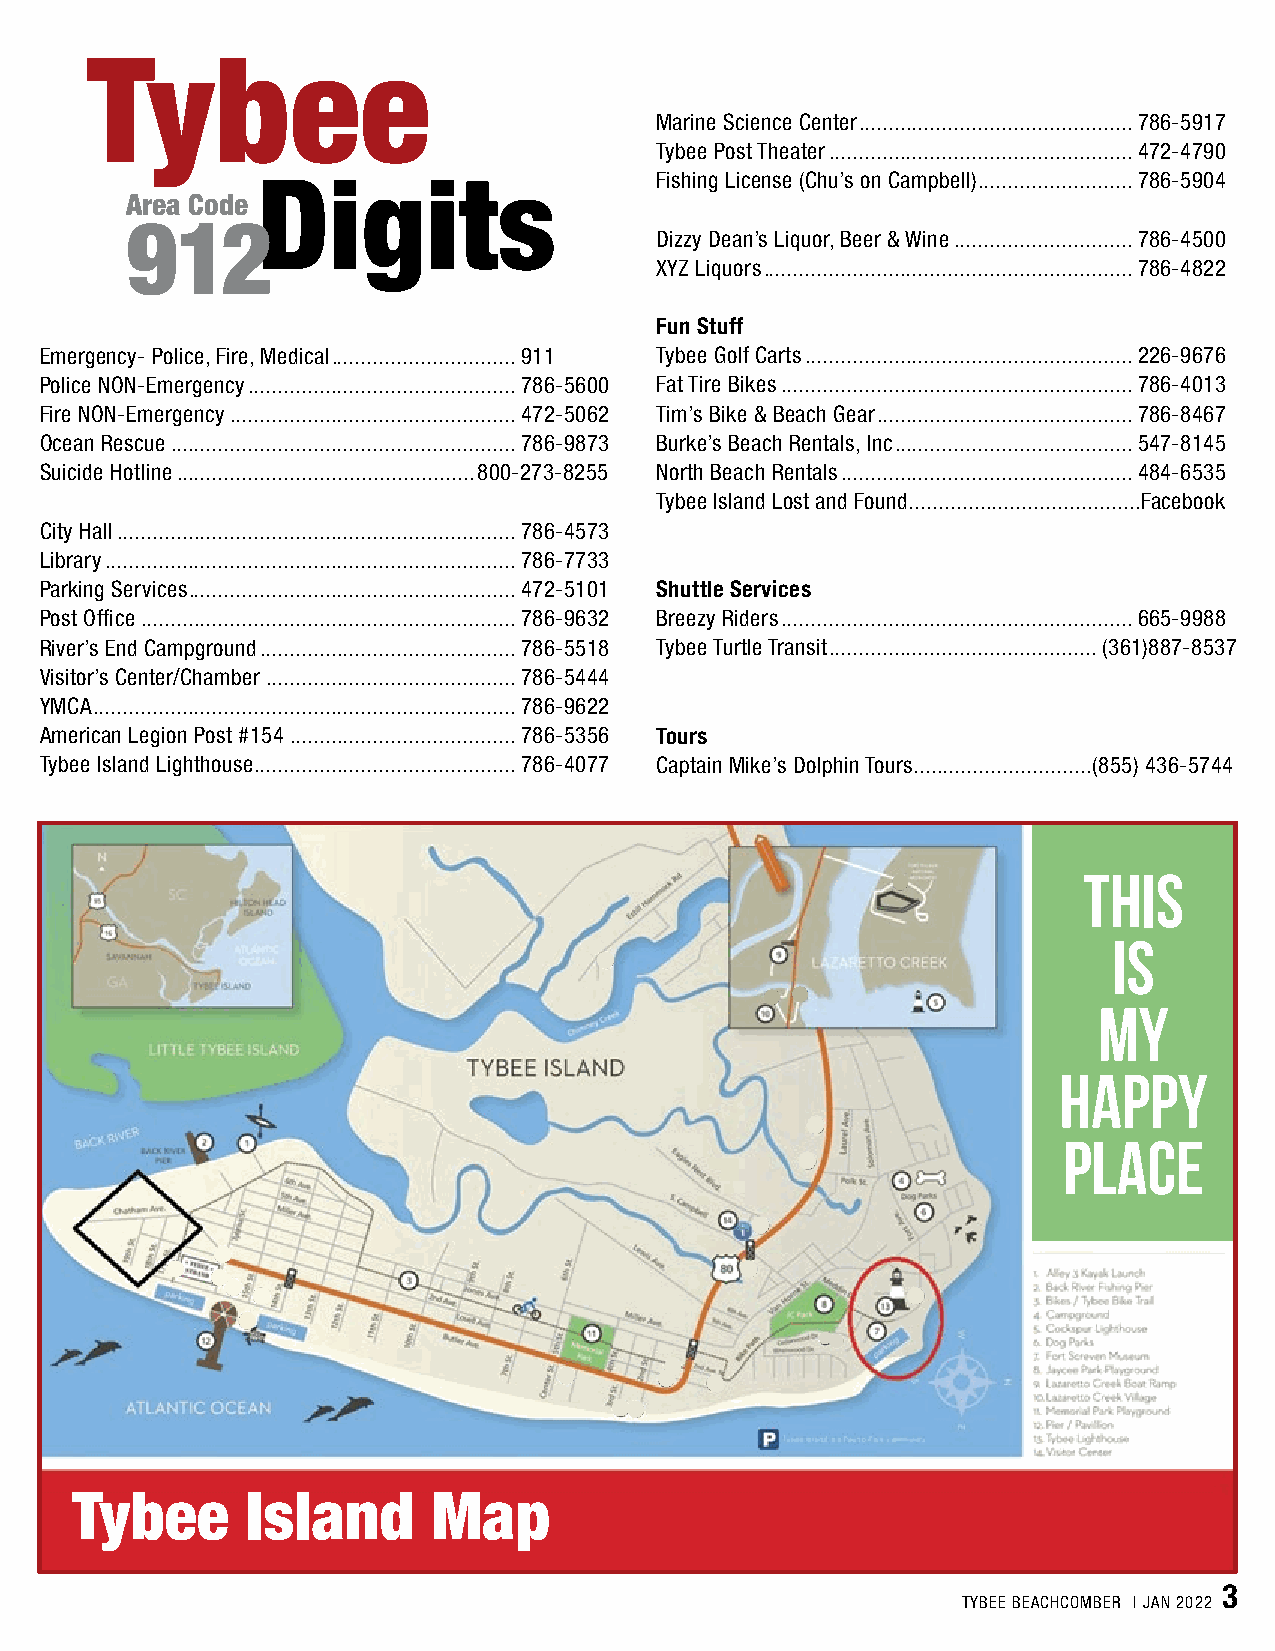
Tybee
 Marine Science Center ..............................................786-5917
 Tybee Post Theater ...................................................472-4790
 Digits                    Fishing License (Chu’s on Campbell) ..........................786-5904
 Area Code
 912
 Dizzy Dean’s Liquor, Beer & Wine ..............................786-4500
 XYZ Liquors ..............................................................786-4822
 Fun Stuff
 Emergency- Police, Fire, Medical ...............................911 Tybee Golf Carts .......................................................226-9676
 Police NON-Emergency .............................................786-5600 Fat Tire Bikes ...........................................................786-4013
 Fire NON-Emergency ................................................472-5062 Tim’s Bike & Beach Gear ...........................................786-8467
 Ocean Rescue ..........................................................786-9873 Burke’s Beach Rentals, Inc ........................................547-8145
 Suicide Hotline ..................................................800-273-8255 North Beach Rentals .................................................484-6535
 Tybee Island Lost and Found.......................................Facebook
 City Hall ...................................................................786-4573
 Library .....................................................................786-7733
 Parking Services. ......................................................472-5101 Shuttle Services
 Post Office ...............................................................786-9632 Breezy Riders ...........................................................665-9988
 River’s End Campground ...........................................786-5518 Tybee Turtle Transit .............................................(361)887-8537
 Visitor’s Center/Chamber ..........................................786-5444
 YMCA .......................................................................786-9622
 American Legion Post #154 ......................................786-5356 Tours
 Tybee Island Lighthouse. ...........................................786-4077 Captain Mike’s Dolphin Tours..............................(855) 436-5744
 THIS
 IS
 MY
 HAPPY
 PLACE
 Tybee      Island       Map
 3
 TYBEE BEACHCOMBER | JAN 2022